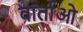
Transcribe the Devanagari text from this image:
वार्ताओ